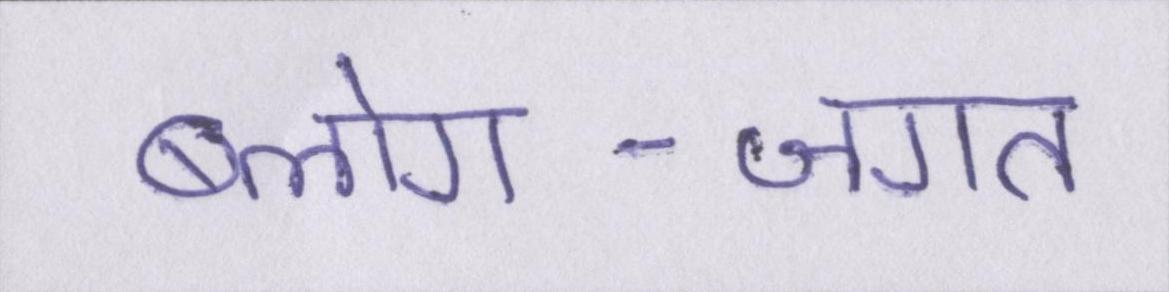
ब्लोग-जगत